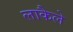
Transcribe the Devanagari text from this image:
लाकैले